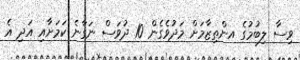
ވިސާ ލިބުމުގެ އންތިޒާމަށް މަދުވެގެން 10 ދުވަސް ނަގާނެ ކަމަށާއި އަދި އެ